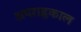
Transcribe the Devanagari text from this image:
अपराह्णकाल